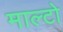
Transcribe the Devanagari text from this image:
माल्टो